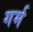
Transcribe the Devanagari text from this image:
गर्म